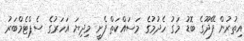
އިތުރުން ފޭދޫގެ ބޮޑު މަގު ހެދުމުގެ މަސައްކަތް ފެށީ މިދިޔަ އަހަރުގެ ސެޕްޓެމްބަރު